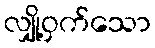
လျှို့ဝှက်သော